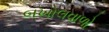
બખોલવાળો